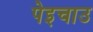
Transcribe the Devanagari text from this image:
पेइचाउ